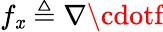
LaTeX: f_{\mathit{x}}\triangleq\nabla\cdotf